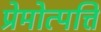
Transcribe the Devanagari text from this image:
प्रेमोत्पत्ति